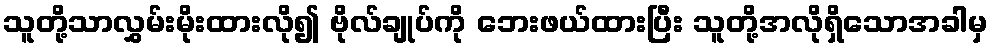
သူတို့သာလွှမ်းမိုးထားလို၍ ဗိုလ်ချုပ်ကို ဘေးဖယ်ထားပြီး သူတို့အလိုရှိသောအခါမှ